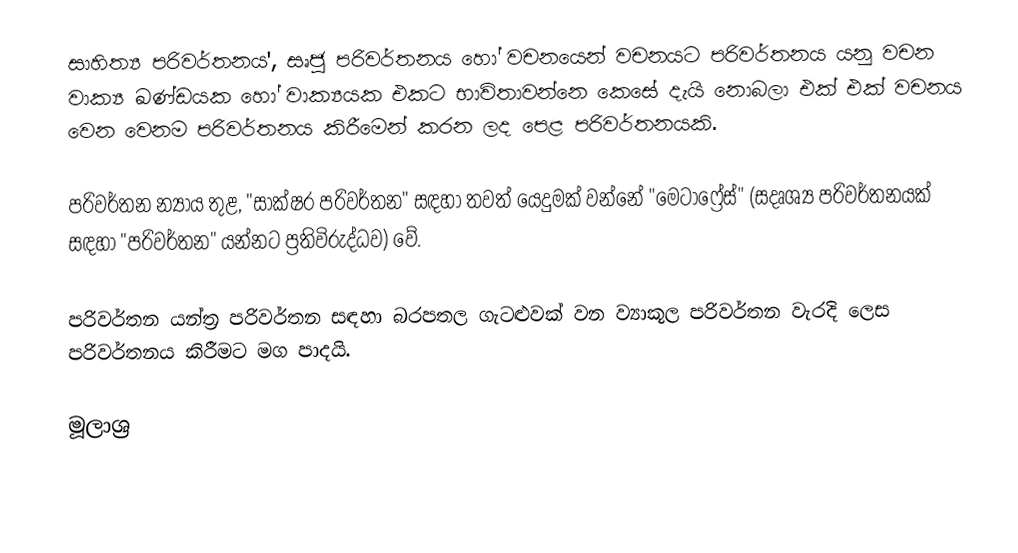
සාහිත්‍ය පරිවර්තනය', සෘජු පරිවර්තනය හෝ වචනයෙන් වචනයට පරිවර්තනය යනු වචන වාක්‍ය ඛණ්ඩයක හෝ වාක්‍යයක එකට භාවිතාවන්නෙ කෙසේ දැයි නොබලා එක් එක් වචනය වෙන වෙනම පරිවර්තනය කිරීමෙන් කරන ලද පෙළ පරිවර්තනයකි.

පරිවර්තන න්‍යාය තුළ, "සාක්ෂර පරිවර්තන" සඳහා තවත් යෙදුමක් වන්නේ "මෙටාෆ්‍රේස්" (සදෘශ්‍ය පරිවර්තනයක් සඳහා "පරිවර්තන" යන්නට ප්‍රතිවිරුද්ධව) වේ.

පරිවර්තන යන්ත්‍ර පරිවර්තන සඳහා බරපතල ගැටළුවක් වන ව්‍යාකූල පරිවර්තන වැරදි ලෙස පරිවර්තනය කිරීමට මග පාදයි.

මූලාශ්‍ර